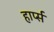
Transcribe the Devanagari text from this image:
हार्प्स